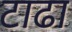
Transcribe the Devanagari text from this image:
टाढा